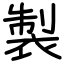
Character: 製